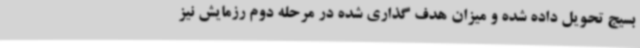
بسیج تحویل داده شده و میزان هدف گذاری شده در مرحله دوم رزمایش نیز